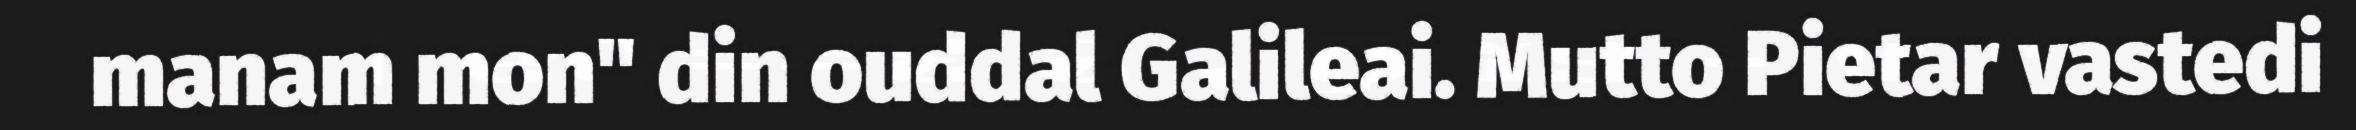
manam mon" din ouddal Galileai. Mutto Pietar vastedi